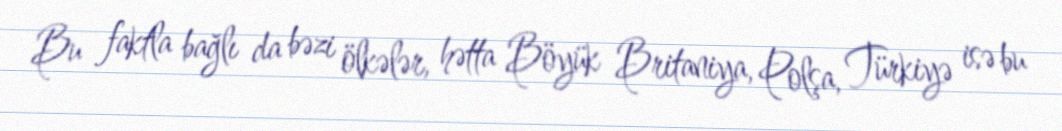
Bu faktla bağlı da bəzi ölkələr, hətta Böyük Britaniya, Polşa, Türkiyə isə bu